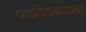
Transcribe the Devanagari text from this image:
पाकीटमाराला